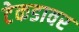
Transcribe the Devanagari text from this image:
टेकडावर